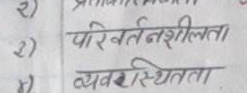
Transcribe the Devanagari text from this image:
परिवर्तनशीलता
व्यवस्थितता